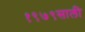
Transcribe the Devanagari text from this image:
१९७९साली